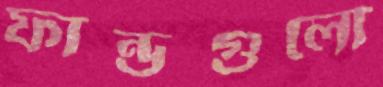
ফান্ডগুলো